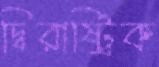
দ্বিরাষ্ট্রিক